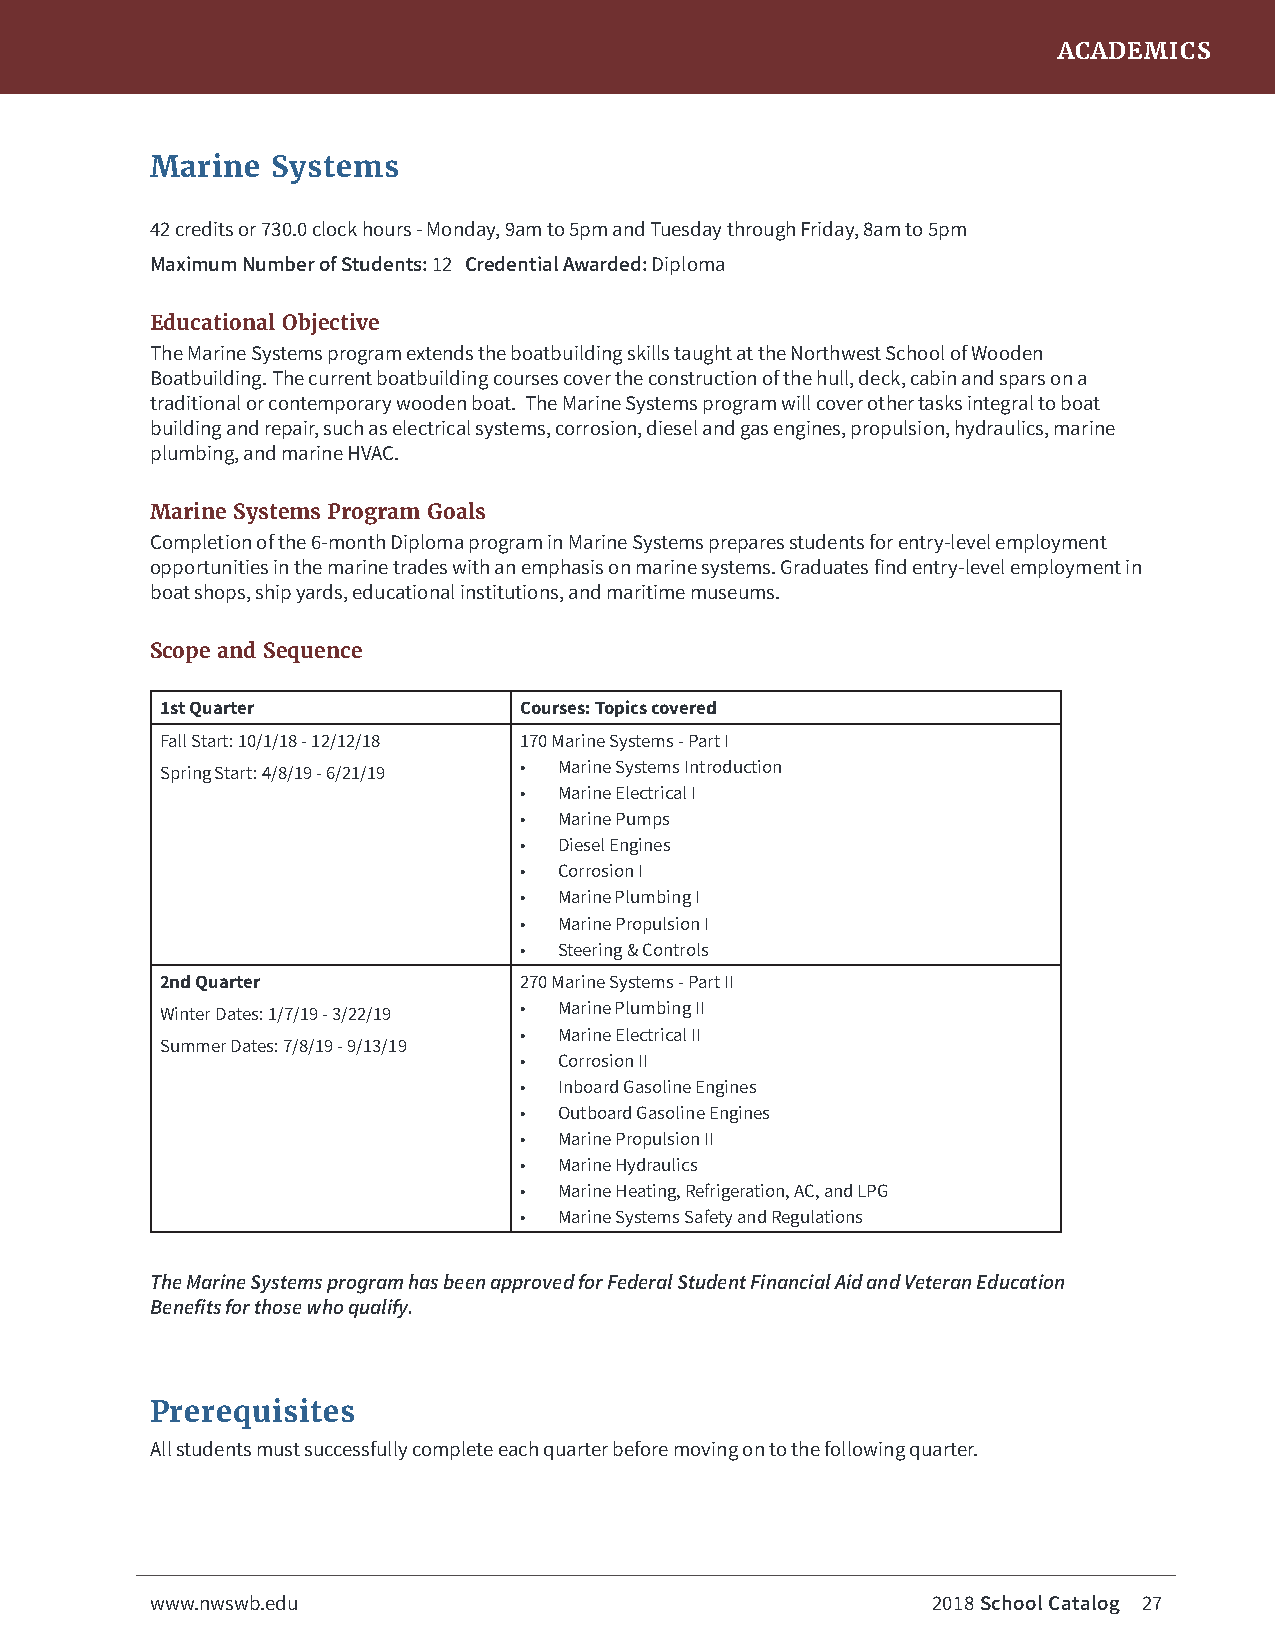
ACADEMICS
 Marine  Systems
 42 credits or 730.0 clock hours - Monday, 9am to 5pm and Tuesday through Friday, 8am to 5pm
 Maximum Number of Students: 12 Credential Awarded: Diploma
 Educational Objective
 The Marine Systems program extends the boatbuilding skills taught at the Northwest School of Wooden
 Boatbuilding. The current boatbuilding courses cover the construction of the hull, deck, cabin and spars on a
 traditional or contemporary wooden boat. The Marine Systems program will cover other tasks integral to boat
 building and repair, such as electrical systems, corrosion, diesel and gas engines, propulsion, hydraulics, marine
 plumbing, and marine HVAC.
 Marine Systems Program Goals
 Completion of the 6-month Diploma program in Marine Systems prepares students for entry-level employment
 opportunities in the marine trades with an emphasis on marine systems. Graduates find entry-level employment in
 boat shops, ship yards, educational institutions, and maritime museums.
 Scope and Sequence
 1st Quarter            Courses: Topics covered
 Fall Start: 10/1/18 - 12/12/18 170 Marine Systems - Part I
 Spring Start: 4/8/19 - 6/21/19 • Marine Systems Introduction
 •  Marine Electrical I
 •  Marine Pumps
 •  Diesel Engines
 •  Corrosion I
 •  Marine Plumbing I
 •  Marine Propulsion I
 •  Steering & Controls
 2nd Quarter            270 Marine Systems - Part II
 Winter Dates: 1/7/19 - 3/22/19 • Marine Plumbing II
 •  Marine Electrical II
 Summer Dates: 7/8/19 - 9/13/19
 •  Corrosion II
 •  Inboard Gasoline Engines
 •  Outboard Gasoline Engines
 •  Marine Propulsion II
 •  Marine Hydraulics
 •  Marine Heating, Refrigeration, AC, and LPG
 •  Marine Systems Safety and Regulations
 The Marine Systems program has been approved for Federal Student Financial Aid and Veteran Education
 Benefits for those who qualify.
 Prerequisites
 All students must successfully complete each quarter before moving on to the following quarter.
 www.nwswb.edu                                       2018 School Catalog 27